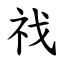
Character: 䄀